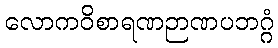
လောကဝိစာရဏဉာဏပဘဂ္ဂံ